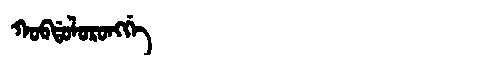
Manchu: ᡴᠣᠪᡩᠣᠯᠣᡵᠣᠩᡤᡝ
Romanization: KOBDOLORONGGE